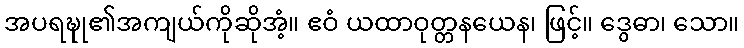
အပရဍ္ဎု၏အကျယ်ကိုဆိုအံ့။ ဧဝံ ယထာဝုတ္တနယေန၊ ဖြင့်။ ဒွေဓာ၊ သော။